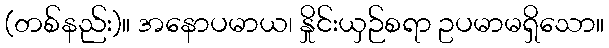
(တစ်နည်း)။ အနောပမာယ၊ နှိုင်းယှဉ်စရာ ဥပမာမရှိသော။